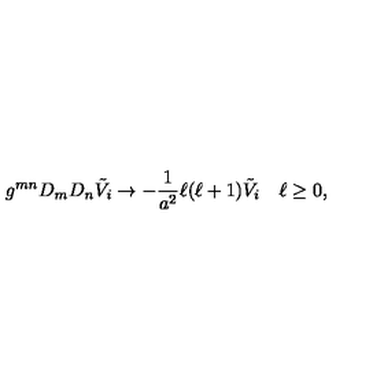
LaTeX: g ^ { m n } D _ { m } D _ { n } \tilde { V } _ { i } \to - \frac { 1 } { a ^ { 2 } } \ell ( \ell + 1 ) \tilde { V } _ { i } \quad \ell \geq 0 ,